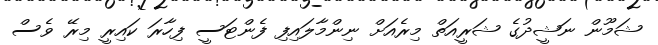
ޝަމޫން ނަޝީދުގެ ޝަރީއަތް މިރެއަށް ނިންމާލައިފި ފެންޓަސީ ފިހާރަ ކައިރީ މިރޭ ވެސް